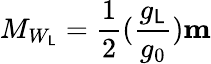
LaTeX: M_{W_{\mathsf{L}}}=\frac{{1}}{{2}}(\frac{{g_{\mathsf{L}}}}{{g_{0}}})\mathbf{{m}}